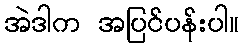
အဲဒါက အပြင်ပန်းပါ။